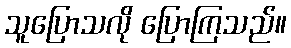
သူပြောသလို ပြောကြသည်။